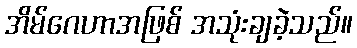
အိမ်ဂေဟာအဖြစ် အသုံးချခဲ့သည်။